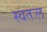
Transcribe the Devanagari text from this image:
स्वतःल